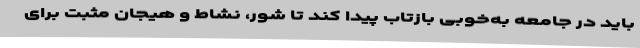
باید در جامعه به‌خوبی بازتاب پیدا کند تا شور، نشاط و هیجان مثبت برای